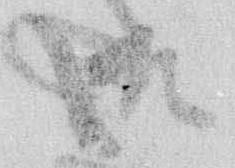
御